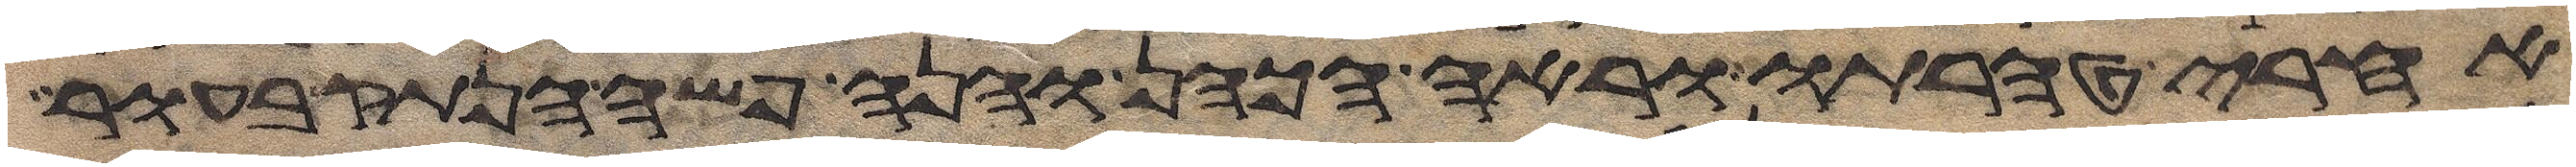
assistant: אחרי טהרתו וראה הכהן והנה פשה הנתק בעור